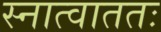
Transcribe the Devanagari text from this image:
स्नात्वाततः